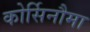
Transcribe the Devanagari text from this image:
कोर्सिनौमा